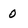
Character: 0